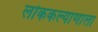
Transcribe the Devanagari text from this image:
लोककल्याणाला